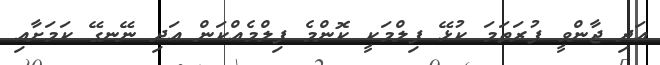
އަދި ޖާންވީ ފުރަތަމަ ކުޅޭ ފިލްމަކީ ކޮންމެ ފިލްމެއްކަން އަދި ނޭނގޭ ކަމަށާއި